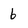
Character: 6